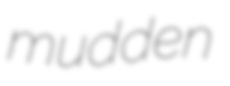
mudden